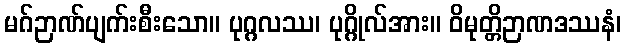
မဂ်ဉာဏ်ပျက်းစီးသော။ ပုဂ္ဂလဿ၊ ပုဂ္ဂိုလ်အား။ ဝိမုတ္တိဉာဏဒဿနံ၊